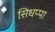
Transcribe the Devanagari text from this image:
सिधप्पा